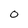
Character: O